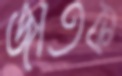
জাতক